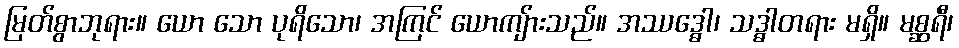
မြတ်စွာဘုရား။ ယော သော ပုရိသော၊ အကြင် ယောကျ်ားသည်။ အဿဒ္ဓေါ၊ သဒ္ဓါတရား မရှိ။ မစ္ဆရီ၊